Civil Veterinary Department. Madras. Admin. report 1910-25 - 1910-1925
Year: 1910
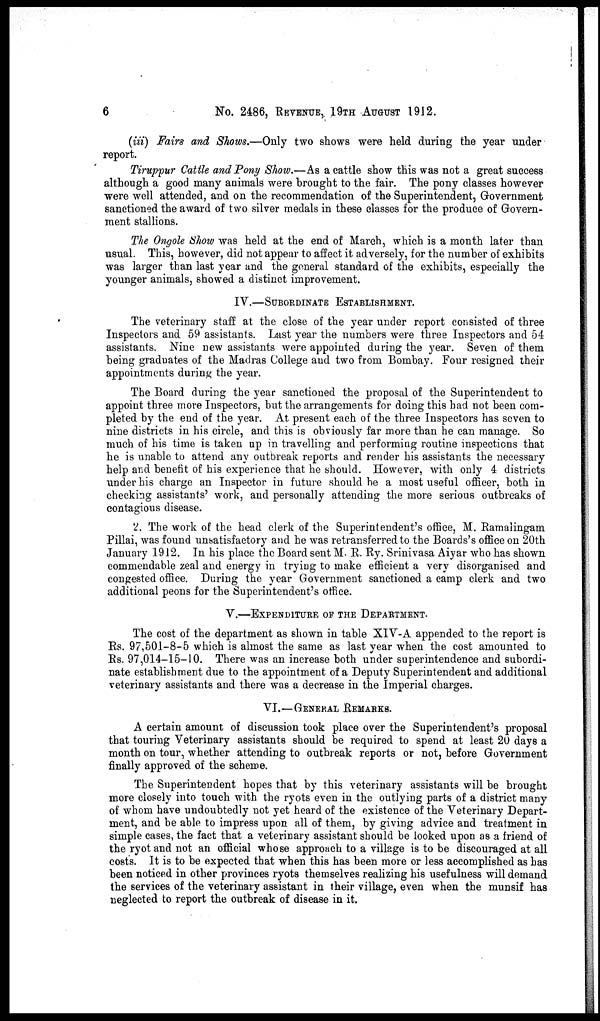
6
No. 2486, REVENUE, 19TH AUGUST 1912.
(iii) Fairs and Shows.—Only two shows were held during the year under
report.
Tiruppur Cattle and Pony Show.—As a cattle show this was not a great success
although a good many animals were brought to the fair. The pony classes however
were well attended, and on the recommendation of the Superintendent, Government
sanctioned the award of two silver medals in these classes for the produce of Govern-
ment stallions.
The Ongole Show was held at the end of March, which is a month later than
usual. This, however, did not appear to affect it adversely, for the number of exhibits
was larger than last year and the general standard of the exhibits, especially the
younger animals, showed a distinct improvement.
IV.—SUBORDINATE ESTABLISHMENT.
The veterinary staff at the close of the year under report consisted of three
Inspectors and 59 assistants. Last year the numbers were three Inspectors and 54
assistants. Nine new assistants were appointed during the year. Seven of them
being graduates of the Madras College and two from Bombay. Four resigned their
appointments during the year.
The Board during the year sanctioned the proposal of the Superintendent to
appoint three more Inspectors, but the arrangements for doing this had not been com-
pleted by the end of the year. At present each of the three Inspectors has seven to
nine districts in his circle, and this is obviously far more than he can manage. So
much of his time is taken up in travelling and performing routine inspections that
he is unable to attend any outbreak reports and render his assistants the necessary
help and benefit of his experience that he should. However, with only 4 districts
under his charge an Inspector in future should be a most useful officer, both in
checking assistants' work, and personally attending the more serious outbreaks of
contagious disease.
2. The work of the head clerk of the Superintendent's office, M. Ramalingam
Pillai, was found unsatisfactory and he was retransferred to the Boards's office on 20th
January 1912. In his place the Board sent M. R. Ry. Srinivasa Aiyar who has shown
commendable zeal and energy in trying to make efficient a very disorganised and
congested office. During the year Government sanctioned a camp clerk and two
additional peons for the Superintendent's office.
V.—EXPENDITURE OF THE DEPARTMENT.
The cost of the department as shown in table XIV-A appended to the report is
Rs. 97,501-8-5 which is almost the same as last year when the cost amounted to
Rs. 97,014-15-10. There was an increase both under superintendence and subordi-
nate establishment due to the appointment of a Deputy Superintendent and additional
veterinary assistants and there was a decrease in the Imperial charges.
VI.—GENERAL REMARKS.
A certain amount of discussion took place over the Superintendent's proposal
that touring Veterinary assistants should be required to spend at least 20 days a
month on tour, whether attending to outbreak reports or not, before Government
finally approved of the scheme.
The Superintendent hopes that by this veterinary assistants will be brought
more closely into touch with the ryots even in the outlying parts of a district many
of whom have undoubtedly not yet heard of the existence of the Veterinary Depart-
ment, and be able to impress upon all of them, by giving advice and treatment in
simple cases, the fact that a veterinary assistant should be looked upon as a friend of
the ryot and not an official whose approach to a village is to be discouraged at all
costs. It is to be expected that when this has been more or less accomplished as has
been noticed in other provinces ryots themselves realizing his usefulness will demand
the services of the veterinary assistant in their village, even when the munsif has
neglected to report the outbreak of disease in it.